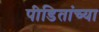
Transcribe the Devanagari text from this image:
पीडितांच्या